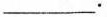
___.